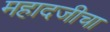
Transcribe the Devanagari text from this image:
महादजीचा